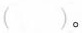
()。